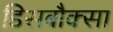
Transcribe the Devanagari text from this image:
डिसबौक्सा